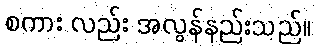
စကား လည်း အလွန်နည်းသည်။